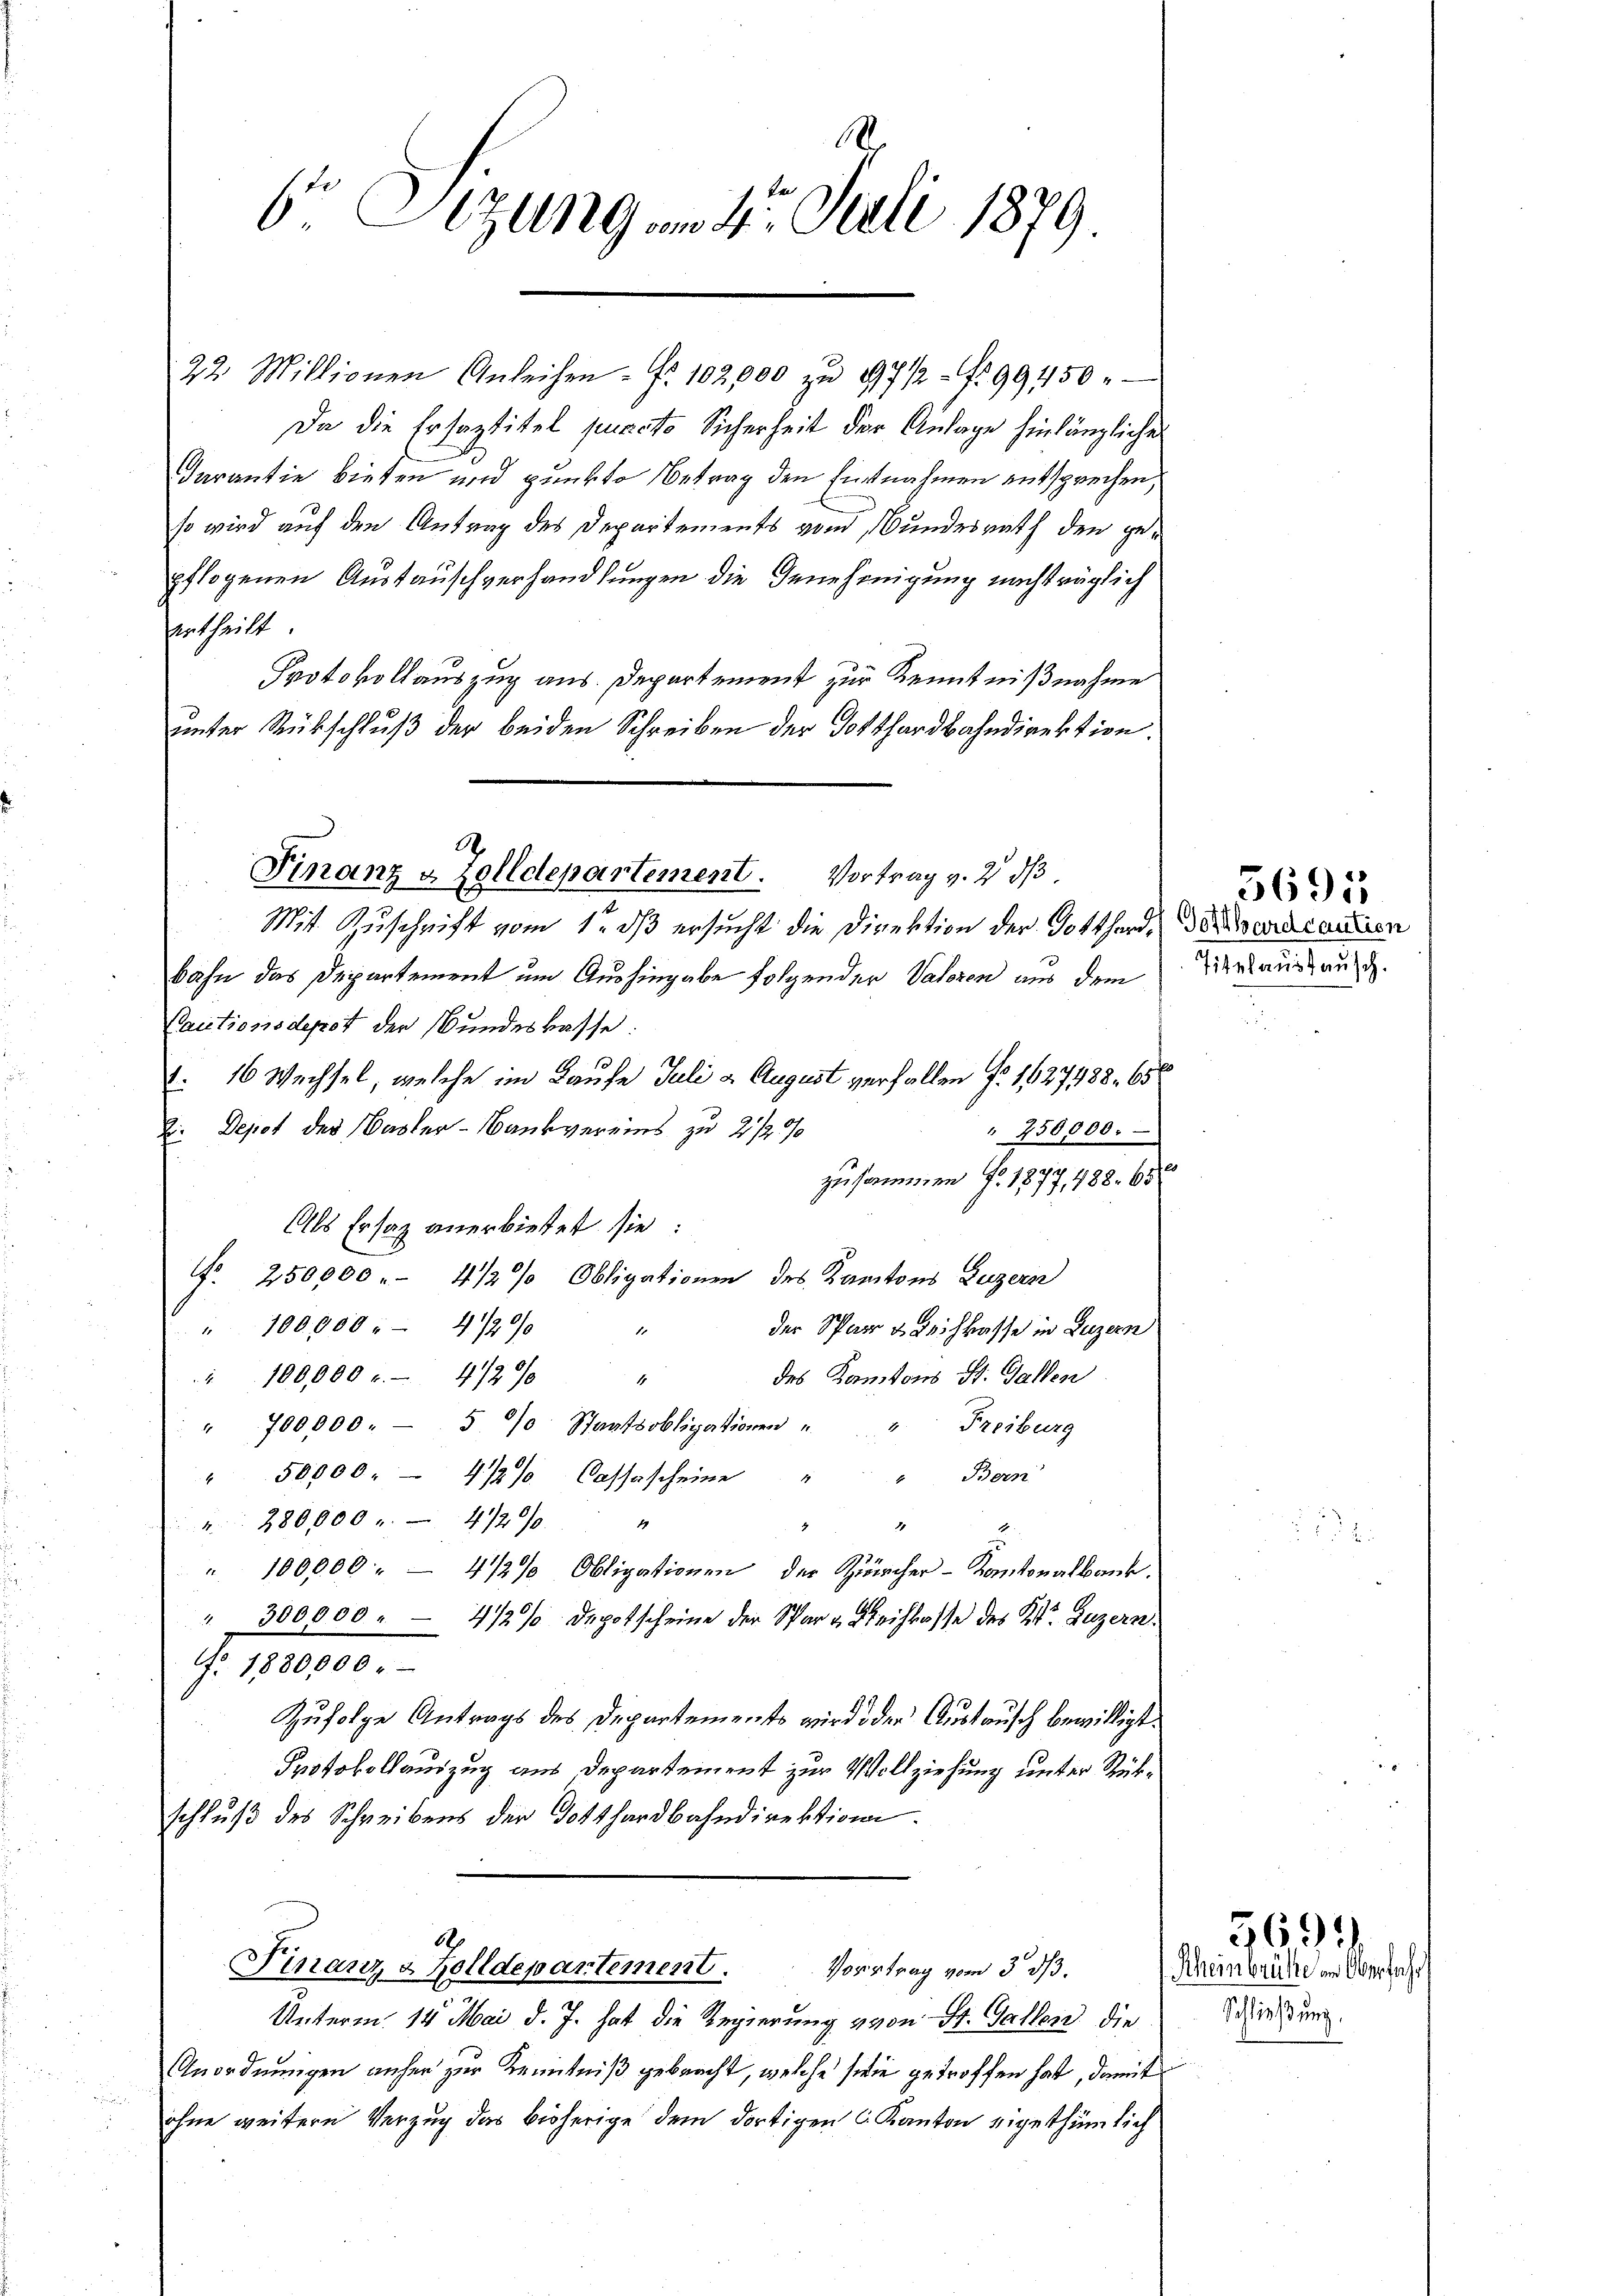
Da die Ersaztitel puncto Sicherheit der Anlage hinlängliche
Darantie bieten und punkte Betrag den Einnahmen entsprechen,
so wird auf den Antrag des Departements vom Bundesrath den gepflogenen Austauschverhandlungen die Genehmigung nachträglich
ertheilt.
Protokollauszug aus. Departement zur Kenntnißnahme
unter Rückschluß der beiden Schreiben der Dotthardbahndirektion

6 Sizung am 15. Juli 1879.

Finanz v. Zolldepartement. Vortrag v. 2. d

Mit Zuschrift vom 1. dβ ersucht die Direktion der Gotthard¬
Bahn das Departement um Aushingabe folgender Vateren aus dem
Cautionsdepot der Bundeskasse:
 16 Wechsel, welche im Laufe Juli & August verfallen No 1627488. 65
Die Depot des Basler-Bankvereins zu 2 1/2 0/0
" 250000.
zusammen Fr. 1877, 488. 65
Als Ersatz anerbietet sie:
No 250,000 . 412 % Obligationen des Kantons Luzern
" 100.000 " 4200
d
der Spar u. Leihkasse in Luzern
des Kantons St. Gallen
" 100,000 c. 412 0/0
4
" 700,000 - 5 % Staatsobligationen " " Freiburg
50,000. 472% Cassascheine " " Bern
". 280,000 " 472% "
"
" 100,000. - 4/2% Obligationen, der Zürcher-Kantonalbank.
" 300000 . - 4/2% Depotscheine der Spar- Reichlasse des Kt. Luzern
. 1200.
Zufolge Antrags des Departements wird der Austausch bewilligt.
Protokollauszug aus Departement zur Vollziehung unter Rükschluß des Schreibens der Gotthardbahndirektione.

b
Finanz & Zolldepartement. Vortrag vom 3. ds.

22 Millionen Anleihen. Fr. 102,000 zŭ 1971 - 1899450

Unterm 14. Mai d. J. hat die Regierung von St. Galles die
Anordnungen anher zur Kenntniß gebracht, welche sie getroffen hat, damit
ohne weitern Verzug das bisherige dem dortigen C. Kanton eigethümlich

Gotthardcaution
Titelaustausch.

¬

5691

Rheinbrüche am Oberfahr
Schließung.

5691